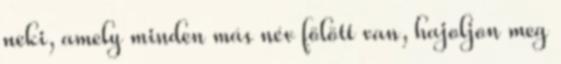
neki, amely minden más név fölött van, hajoljon meg